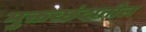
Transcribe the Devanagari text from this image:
मुक्तच्छंदातील